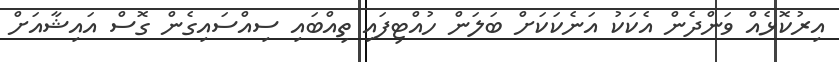
އިރުކޮޅެއް ވަންދެން އެކަކު އަނެކަކަށް ބަލަން ހުއްޓިފައި ތިއްބައި ސިއްސައިގެން ގޮސް އައިޝާއަށް